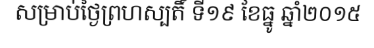
សម្រាប់ថ្ងៃព្រហស្បតិ៍ ទី១៩ ខែធ្នូ ឆ្នាំ២០១៥